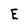
Character: E